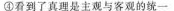
④看到了真理是主观与客观的统一